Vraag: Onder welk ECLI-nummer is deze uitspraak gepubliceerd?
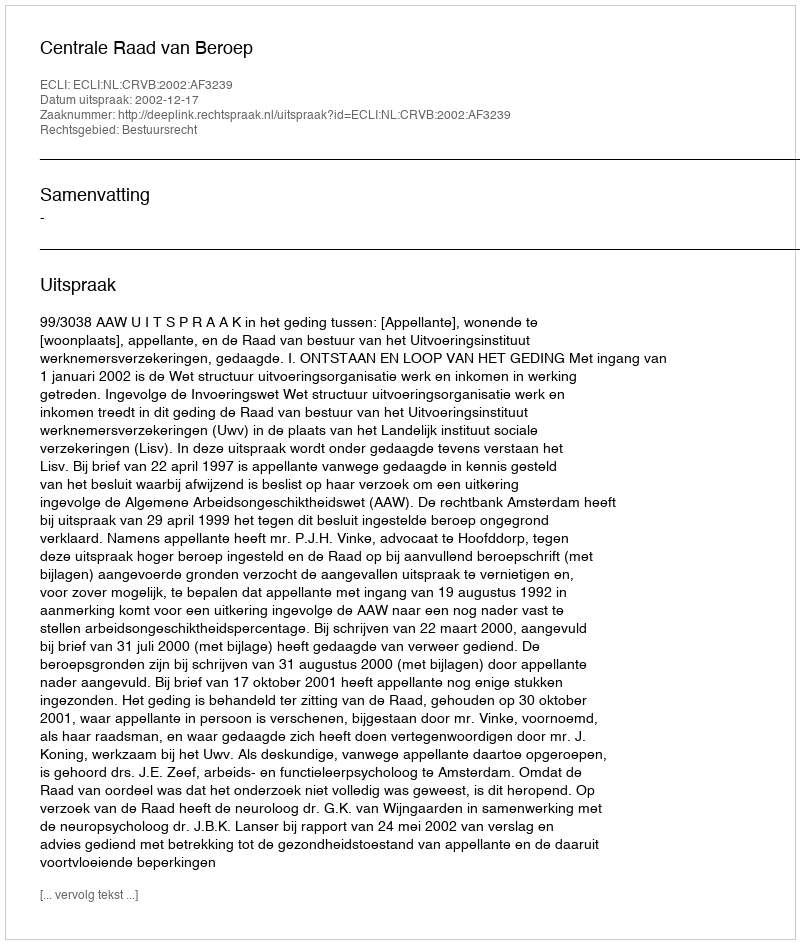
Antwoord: ECLI:NL:CRVB:2002:AF3239